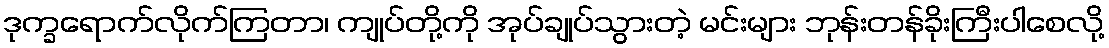
ဒုက္ခရောက်လိုက်ကြတာ၊ ကျုပ်တို့ကို အုပ်ချုပ်သွားတဲ့ မင်းများ ဘုန်းတန်ခိုးကြီးပါစေလို့